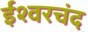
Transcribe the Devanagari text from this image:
ईश्वरचंद